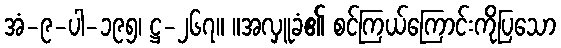
အံ-၉-ပါ-၁၉၅၊ ဋ္ဌ-၂၆၇။ ။အလှူခံ၏ စင်ကြယ်ကြောင်းကိုပြသော